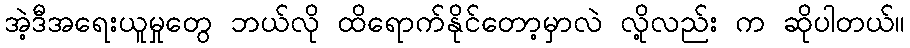
အဲ့ဒီအရေးယူမှုတွေ ဘယ်လို ထိရောက်နိုင်တော့မှာလဲ လို့လည်း က ဆိုပါတယ်။